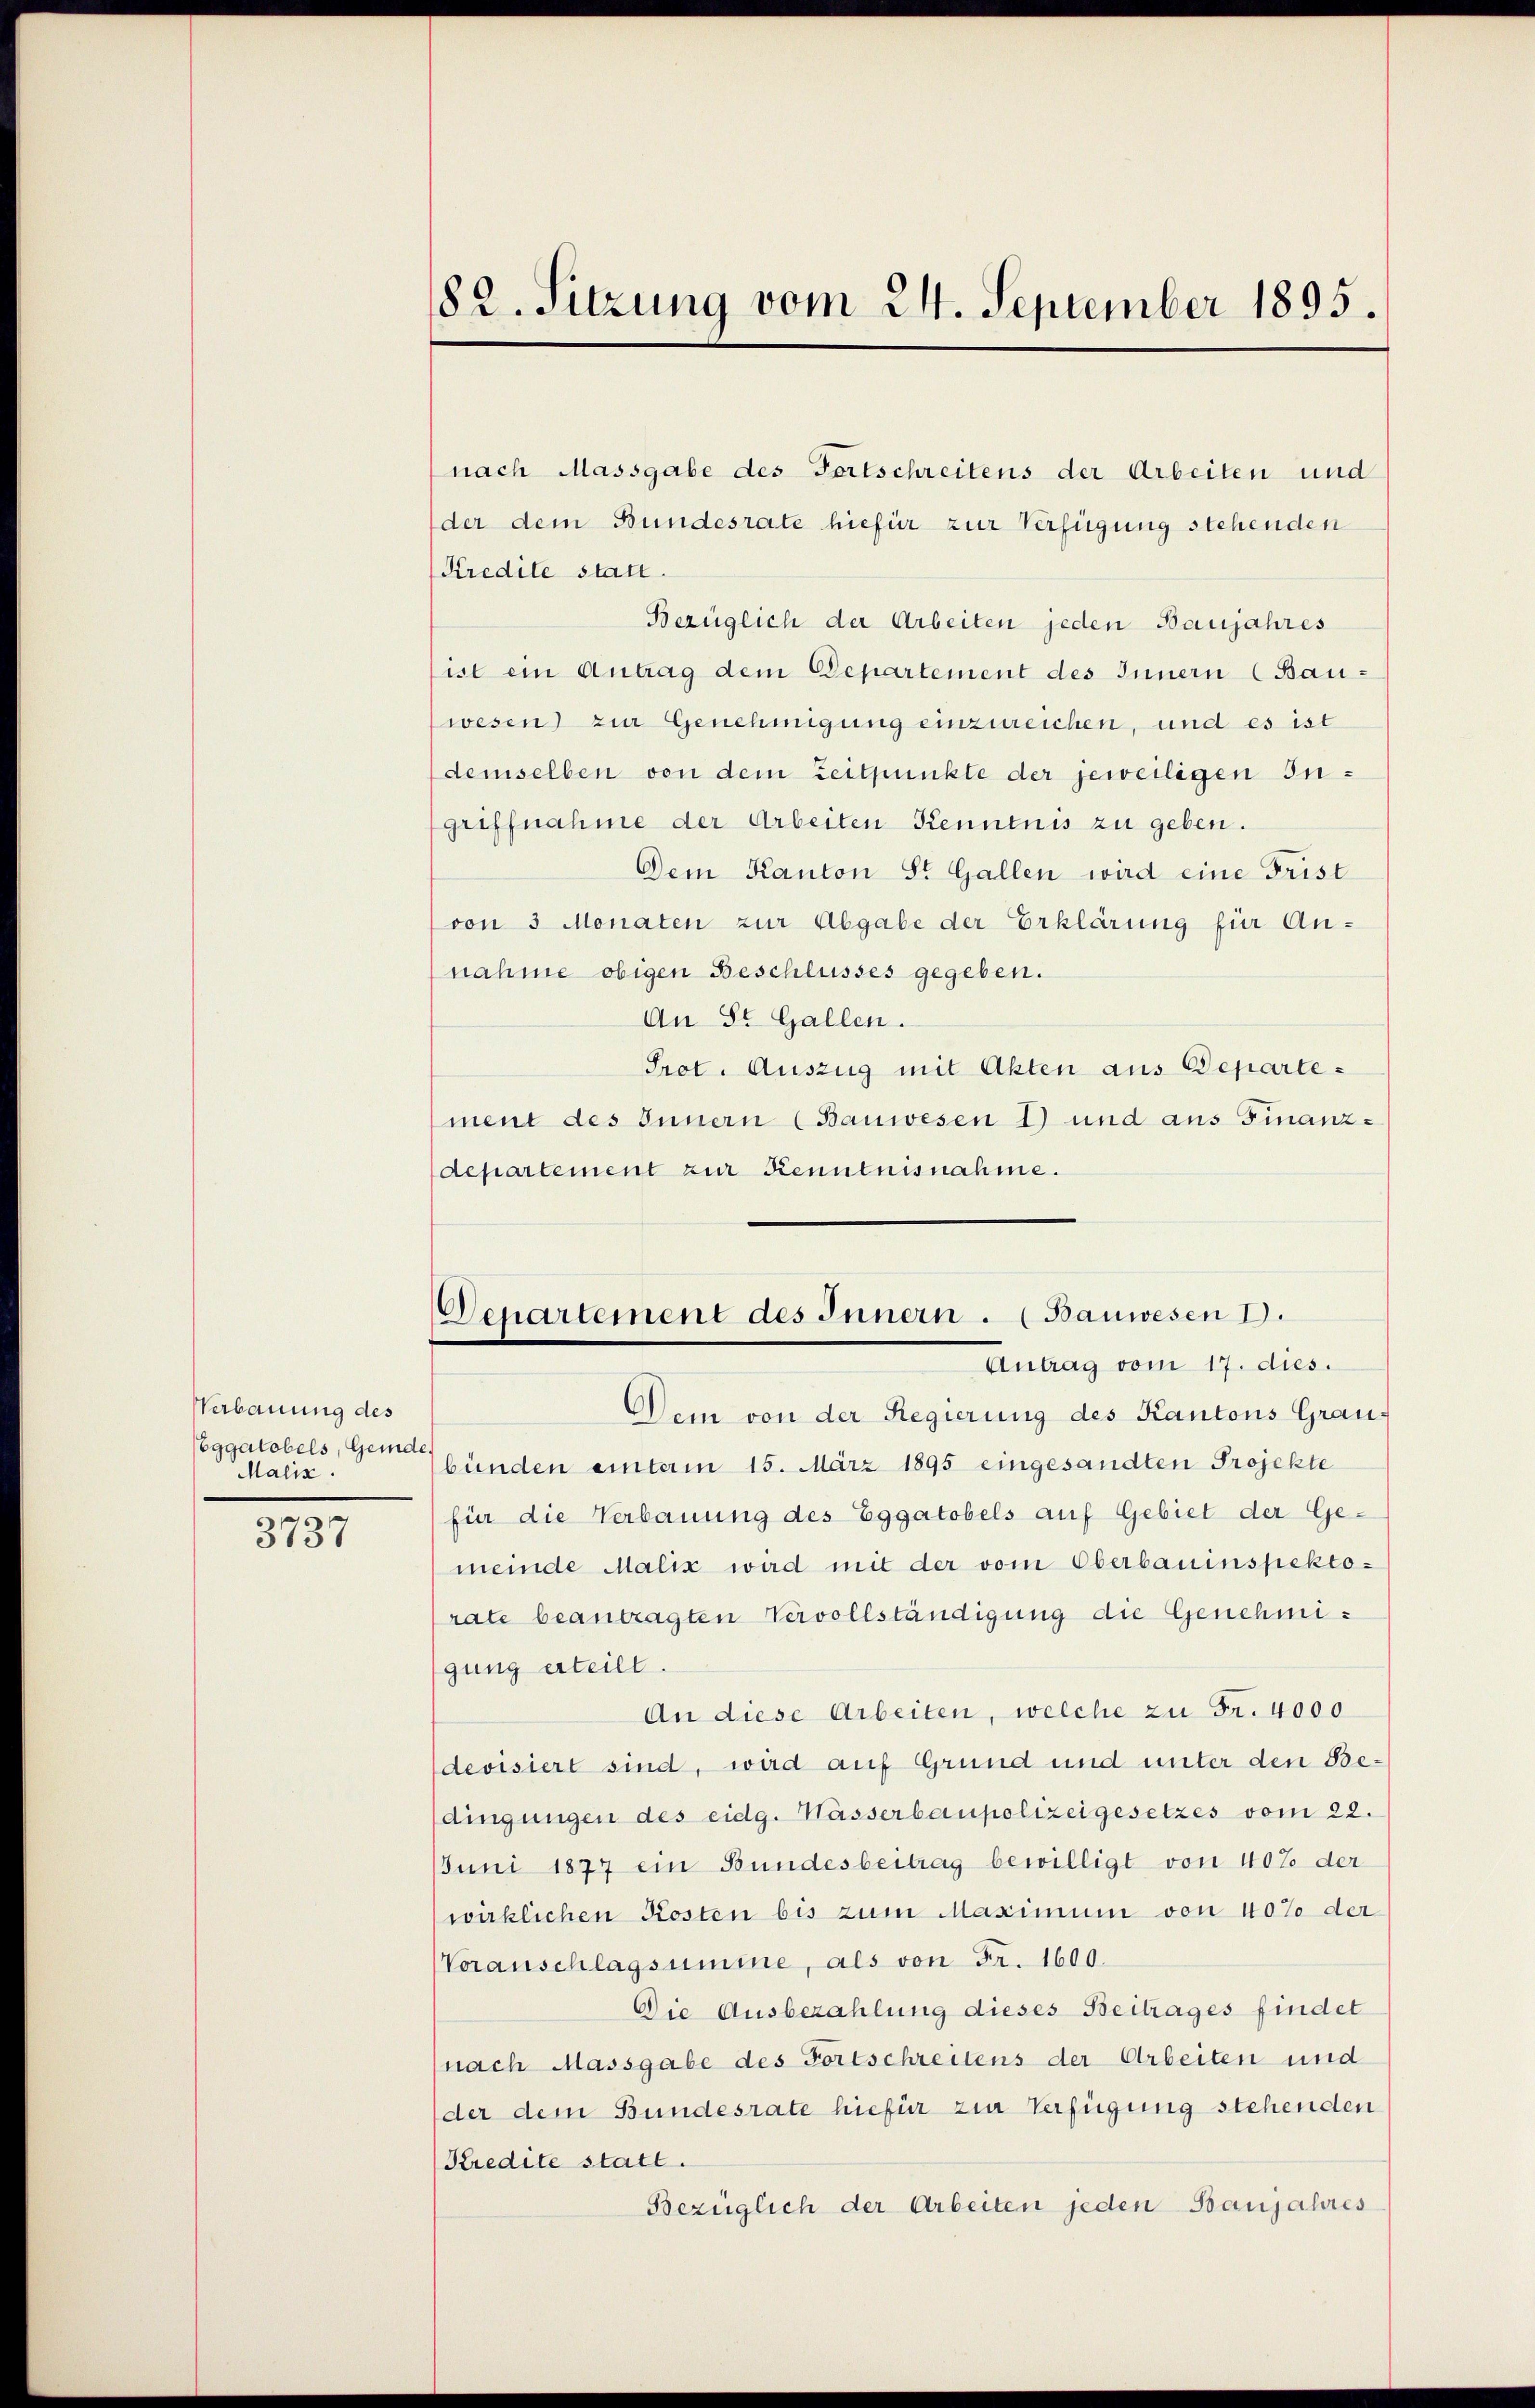
Verbauung des
ggatobels, Gemde.
Malis

3737

nach Massgabe des Fortschreitens der Arbeiten und
der dem Bundesrate hiefür zur Verfügung stehenden
Kredite statt.
Bezüglich der Arbeiten jeden Baujahres
ist ein Antrag dem Departement des Innern (Bauwesen) zur Genehmigung einzureichen, und es ist
demselben von dem Zeitpunkte der jeweiligen Ingriffnahme der Arbeiten Kenntnis zu geben.
Dem Kanton St. Gallen wird eine Frist
von 3 Monaten zur Abgabe der Erklärung für An-
nahme obigen Beschlusses gegeben.
An St. Gallen.
Prot. Auszug mit Akten aus Departement des Innern (Bauwesen 1) und aus Finanzdepartement zur Kenntnisnahme.

182. Sitzung vom 24. September 1895

Denartement des Innern . (Bauwesen I.
Antrag vom 17. dies.

Dein von der Regierung des Kantons Graubünden einterm 15. März 1895 eingesandten Projekte
für die Verbauung des Eggatobels auf Gebiet der Gemeinde Malić wird mit der vom Oberbauinspektorate beantragten Vervollständigung die Genehmigung erteilt
An diese Arbeiten, welche zu Fr. 4000
devisiert sind, wird auf Grund und unter den Bedingungen des eidg. Wässerbaupolizeigesetzes vom 22.
Juni 1877 ein Bundesbeitrag bewilligt von 40% der
wirklichen Kosten bis zum Maximum von 40% der
Voranschlagsumme, als von Fr. 1600.
Die Ausbezahlung dieses Beitrages findet
nach Massgabe des Fortschreitens der Arbeiten und
der dem Bundesrate hiefür zur Verfügung stehenden
Kredite statt.
Bezüglich der Arbeiten jeden Banjahres